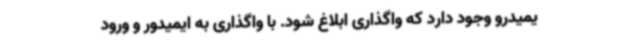
یمیدرو وجود دارد که واگذاری ابلاغ شود. با واگذاری به ایمیدور و ورود